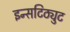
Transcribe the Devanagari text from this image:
इन्सटिठ्युट